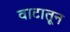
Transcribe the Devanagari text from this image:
वाटातून